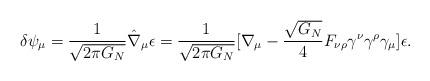
LaTeX: \begin{align*}\delta\psi_{\mu} ={1\over\sqrt{2\pi G_N}}\hat{\nabla}_{\mu}\epsilon={1\over\sqrt{2\pi G_N}}[\nabla_{\mu}-{\sqrt{G_N}\over 4}F_{\nu\rho}\gamma^{\nu}\gamma^{\rho}\gamma_{\mu}]\epsilon.\end{align*}